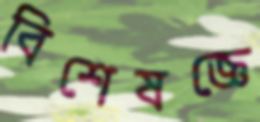
বিশেষজ্ঞে